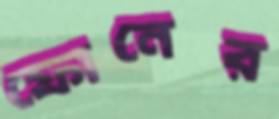
ফোনের